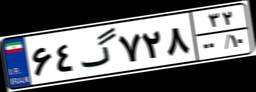
۶۴گ۷۲۸۳۲